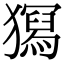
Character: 𤢧